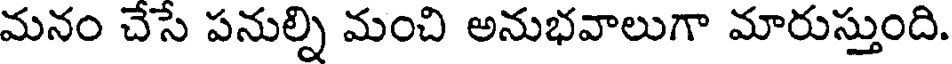
మనం చేసే పనుల్ని మంచి అనుభవాలుగా మారుస్తుంది.